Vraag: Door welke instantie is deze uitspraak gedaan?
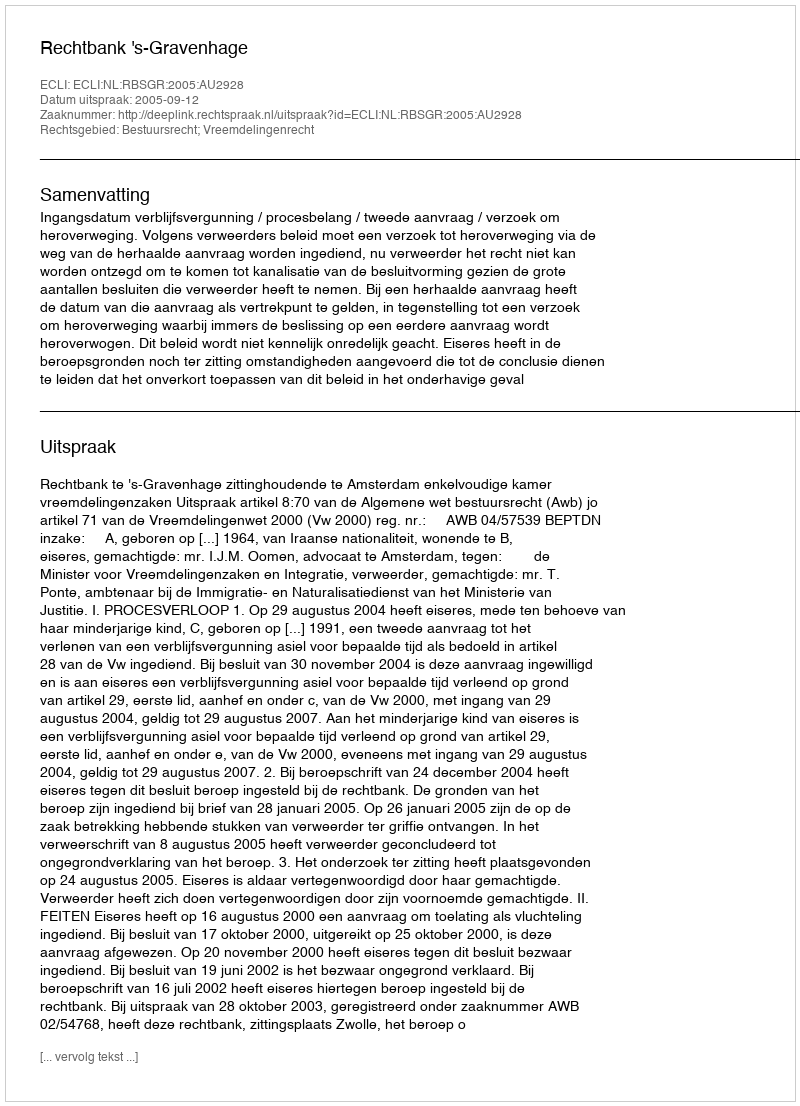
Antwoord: Rechtbank 's-Gravenhage